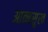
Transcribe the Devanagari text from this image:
आत्मसुख